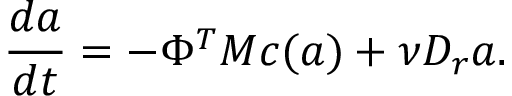
\frac { d \boldsymbol { a } } { d t } = - \Phi ^ { T } M \boldsymbol { c } ( \boldsymbol { a } ) + \nu D _ { r } \boldsymbol { a } .